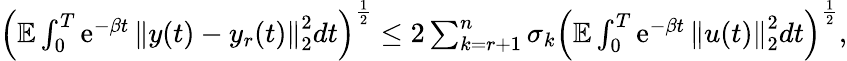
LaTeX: \begin{array}{r}{\left(\mathbb E\int_{0}^{T}\operatorname{e}^{-\beta t}\left\| y(t)-y_{r}(t)\right\| _{2}^{2}dt\right)^{\frac{1}{2}}\leq 2\sum_{k=r+1}^{n}\sigma_{k}\left(\mathbb E\int_{0}^{T}\operatorname{e}^{-\beta t}\left\| u(t)\right\| _{2}^{2}dt\right)^{\frac{1}{2}},}\end{array}